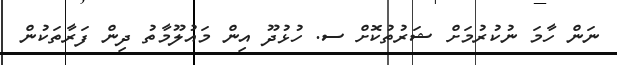
ނަން ހާމަ ނުކުރުމަށް ޝަރުތުކޮށް ސ. ހުޅުދޫ އިން މައުލޫމާތު ދިން ފަރާތަކުން